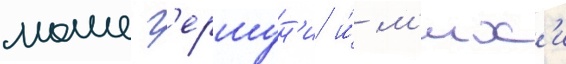
моше г'ершун'и и́ м'их'и